Manual of the Civil Veterinary Department, Central Provinces and Berar
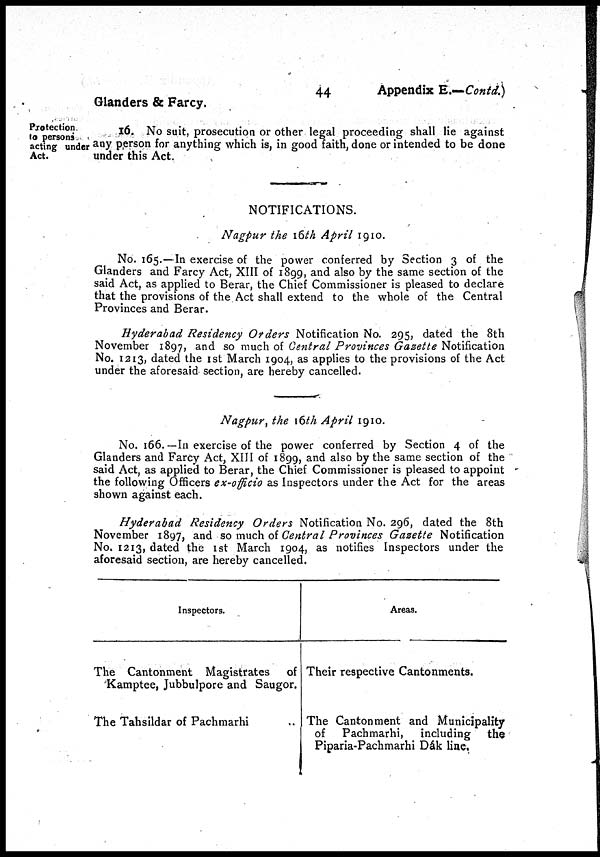
44
Appendix E.—Contd.)
Glanders & Farcy.
Protection
to persons
acting under
Act.
16. No suit, prosecution or other legal proceeding shall lie against
any person for anything which is, in good faith, done or intended to be done
under this Act.
NOTIFICATIONS.
Nagpur the 16th April 1910.
No. 165.—In exercise of the power conferred by Section 3 of the
Glanders and Farcy Act, XIII of 1899, and also by the same section of the
said Act, as applied to Berar, the Chief Commissioner is pleased to declare
that the provisions of the Act shall extend to the whole of the Central
Provinces and Berar.
Hyderabad Residency Orders Notification No. 295, dated the 8th
November 1897, and so much of Central Provinces Gazette Notification
No. 1213, dated the 1st March 1904, as applies to the provisions of the Act
under the aforesaid section, are hereby cancelled.
Nagpur, the 16th April 1910.
No. 166.—In exercise of the power conferred by Section 4 of the
Glanders and Farcy Act, XIII of 1899, and also by the same section of the
said Act, as applied to Berar, the Chief Commissioner is pleased to appoint
the following Officers ex-officio as Inspectors under the Act for the areas
shown against each.
Hyderabad Residency Orders Notification No. 296, dated the 8th
November 1897, and so much of Central Provinces Gazette Notification
No. 1213, dated the 1st March 1904, as notifies Inspectors under the
aforesaid section, are hereby cancelled.
Inspectors.
The Cantonment Magistrates of
Kamptee, Jubbulpore and Saugor.
The Tahsildar of Pachmarhi
Areas.
Their respective Cantonments.
The Cantonment and Municipality
of Pachmarhi, including the
Piparia-Pachmarhi Dák line.